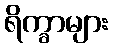
ရိက္ခာများ